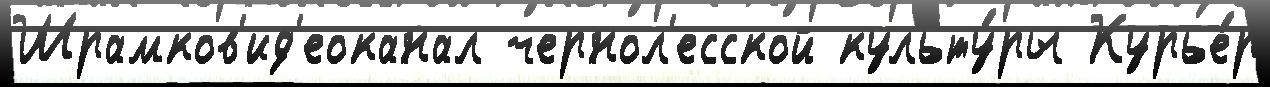
Шрамков'ид'еоканал чернол'есской культу́ры Курье́р